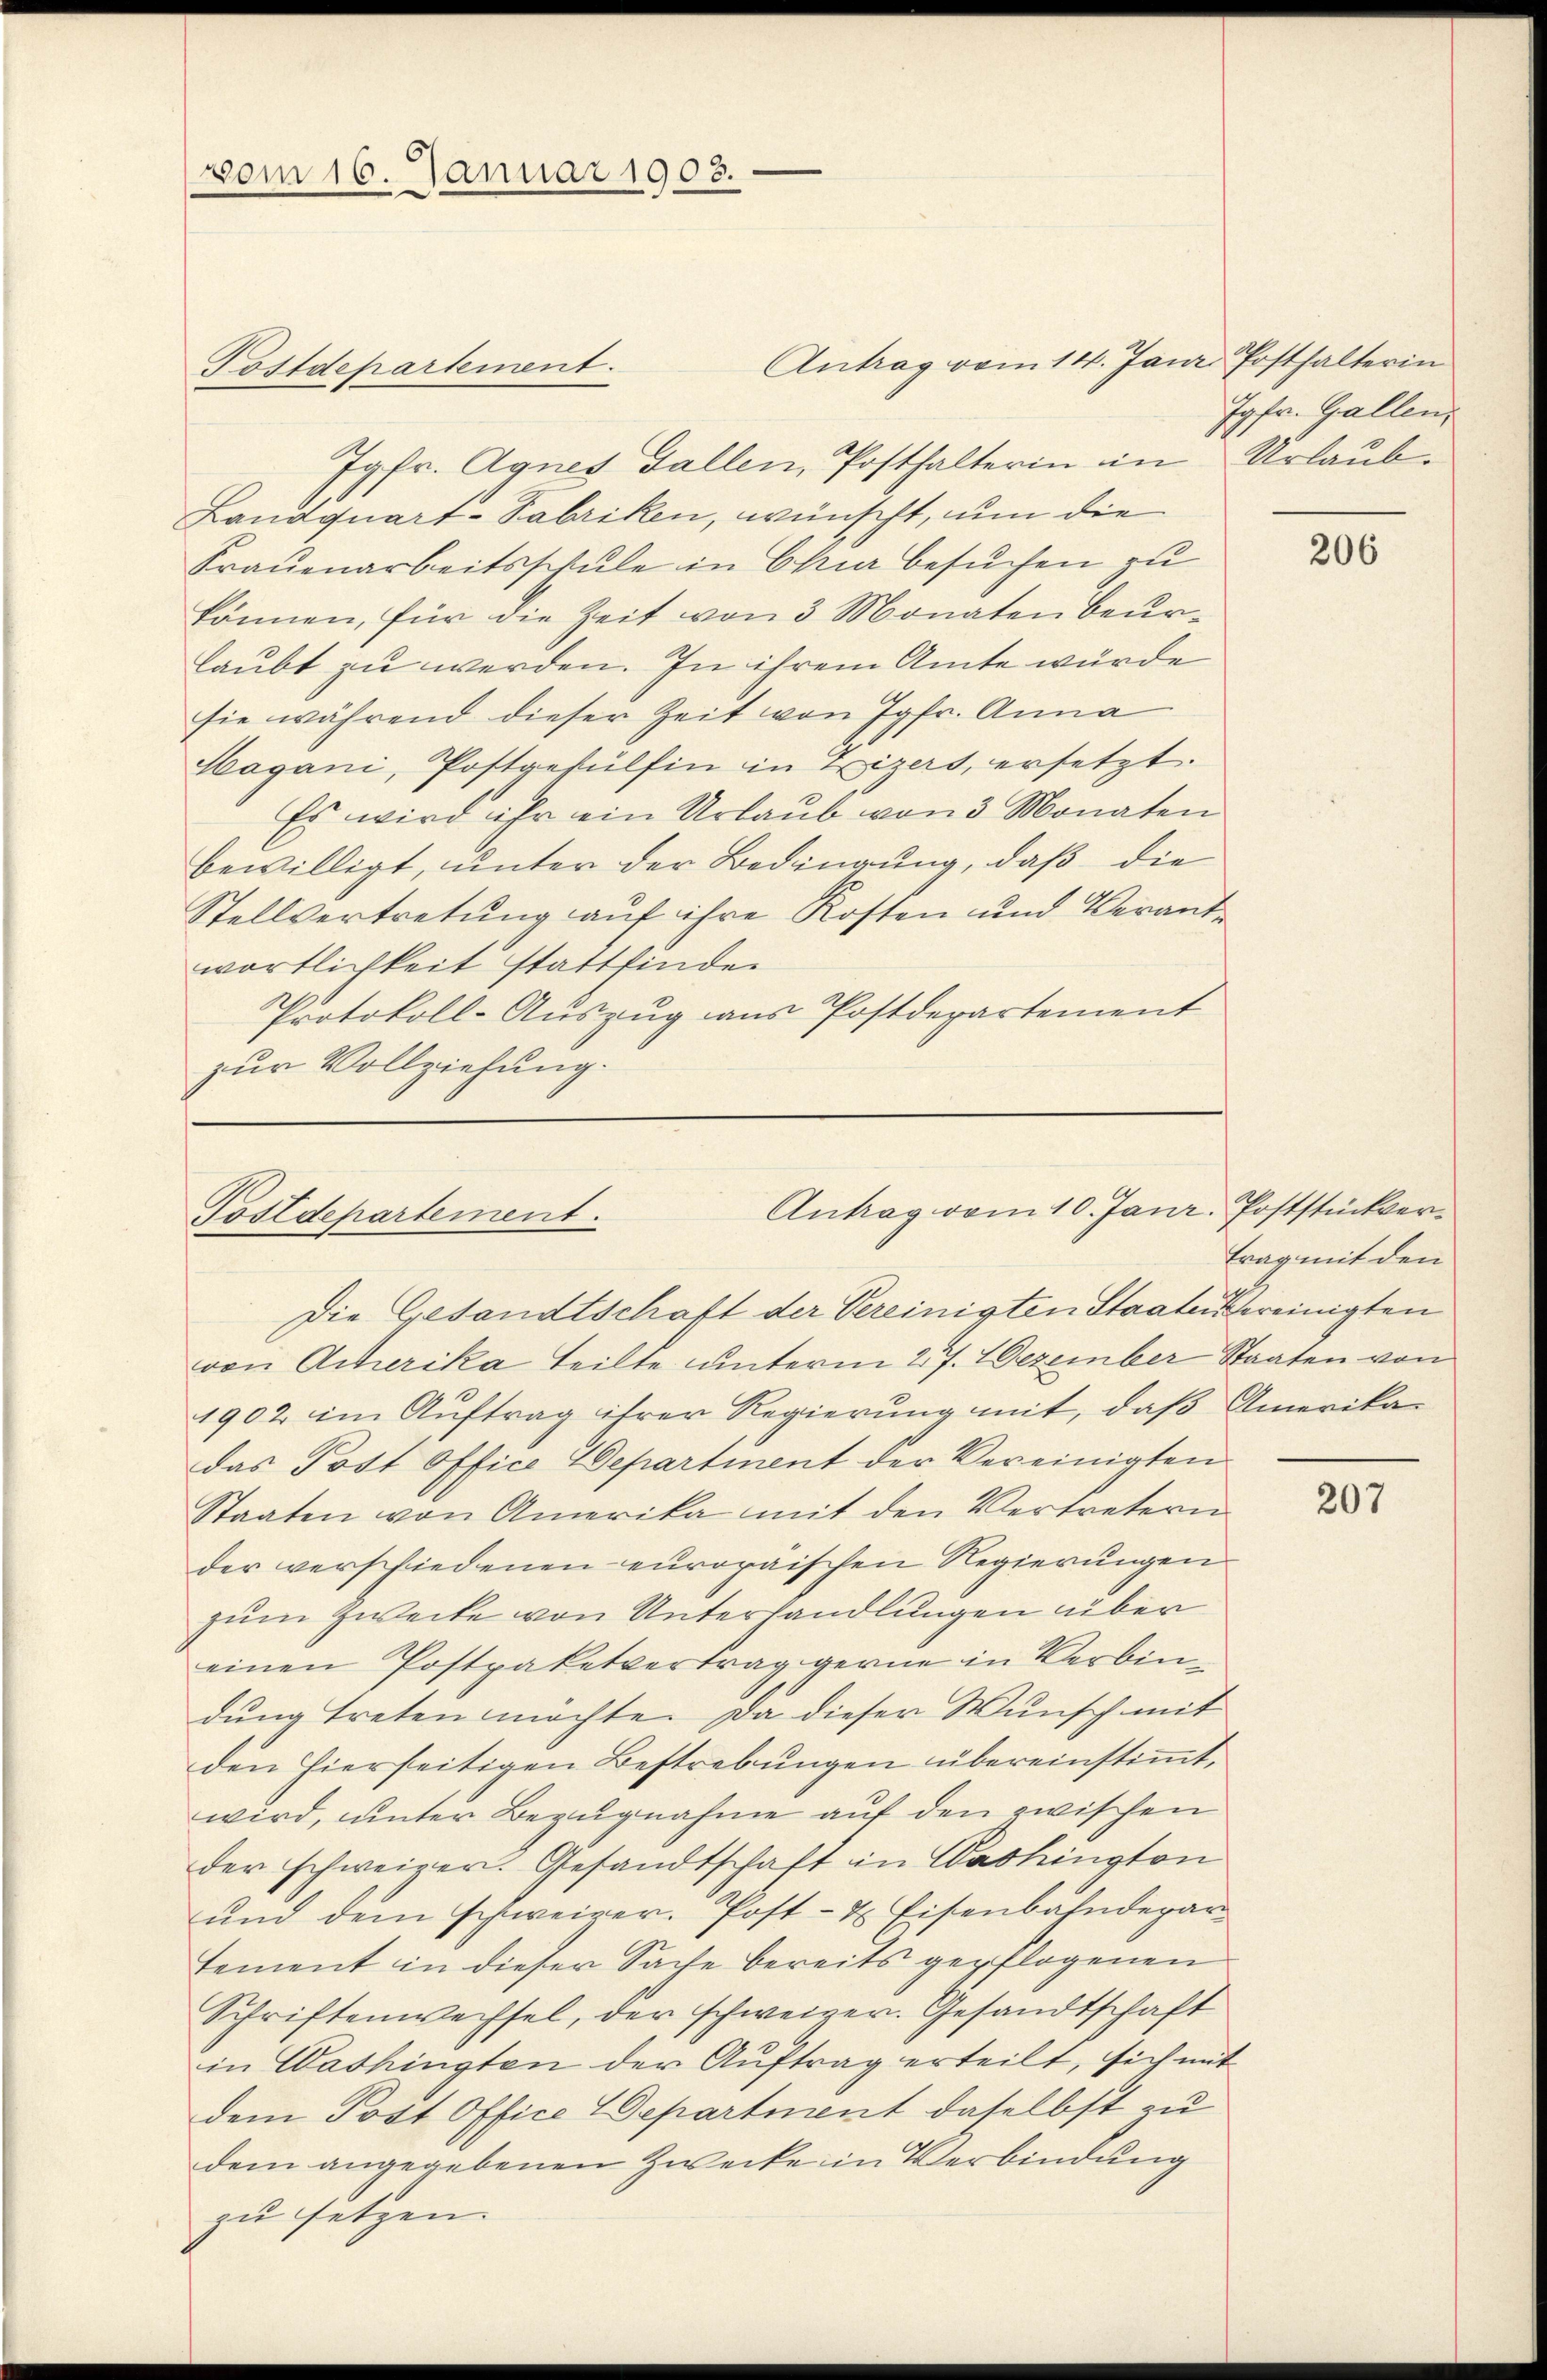
vom 16. Januar 1908.

Postdepartement.
Jgfr. Agnes Fallen, Posthalterin in Urlaub¬
Landquart-Fabriken, wünscht, um die
Frauenarbeitsschule in Chi besuchen zu
können, für die Zeit von 3 Monaten Beur-
laubt zu werden. In ihrem Amte würde
sie während dieser Zeit von Jgfr. Anna
Hagani, Postgehülfen in Zizert, ersetzt.
Es wird ihr ein Urlaub von 3 Monaten
bewilligt, unter der Bedingung, daß die
Stellvertretung auf ihre Kosten und Verantwortlichkeit stattfinden
Protokoll-Auszug aus Postdepartement
zur Vollziehung.

Antrag vom 10. Janr. Poststückver¬
Postdepartement.

Antrag vom 14. Janr Posthalterin

Jgfr. Gallen,

Die Gesandtschaft der Vereinigten Staaten bereinigten
von Acherika teilte unterm 27. Dezember Staaten von
1902 im Auftrag ihrer Regierung mit, daß Amerikadas Post Office Departient der Vereinigten
Staaten von Amerika mit den Vertretern
der verschiedenen europäischen Regierungen
zum Zwecke von Unterhandlungen über
einen Postpaketvertrag gerne in Verbindung treten möchte. Da dieser Wunsch mit
den hierseitigen Bestrebungen übereinstimmt,
wird, unter Bezugnahme auf den zwischen
der schweizer. Gesandtschaft in Washington
ŭnd dem schweizer. Post- & Eisenbahndepar-
tement in dieser Sache bereits gepflogenen
Schriftenwechsel, der schweizer. Gesandtschaft
in Washingten der Auftrag erteilt, sich mit
dem Post Office Department daselbst zu
dem angegebenen Zwecke in Verbindung
zu setzen.

206

trag mit den

207